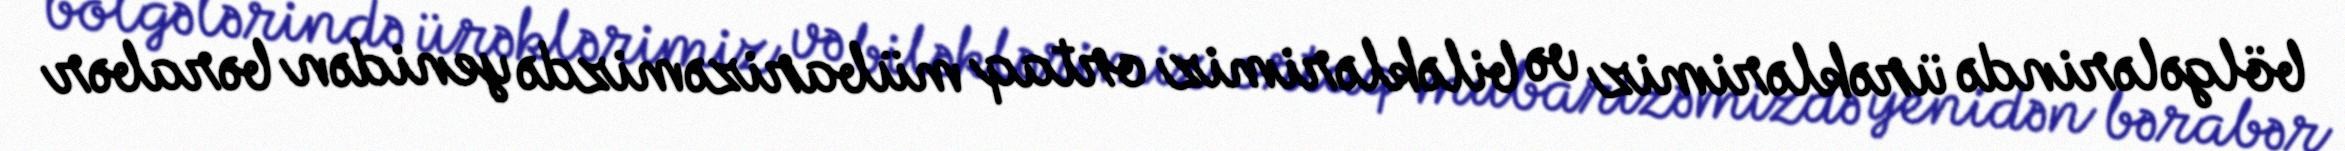
bölgələrində ürəklərimiz və biləklərimiz ortaq mübarizəmizdə yenidən bərabər